Karksi_vallavalitsus, lk 18
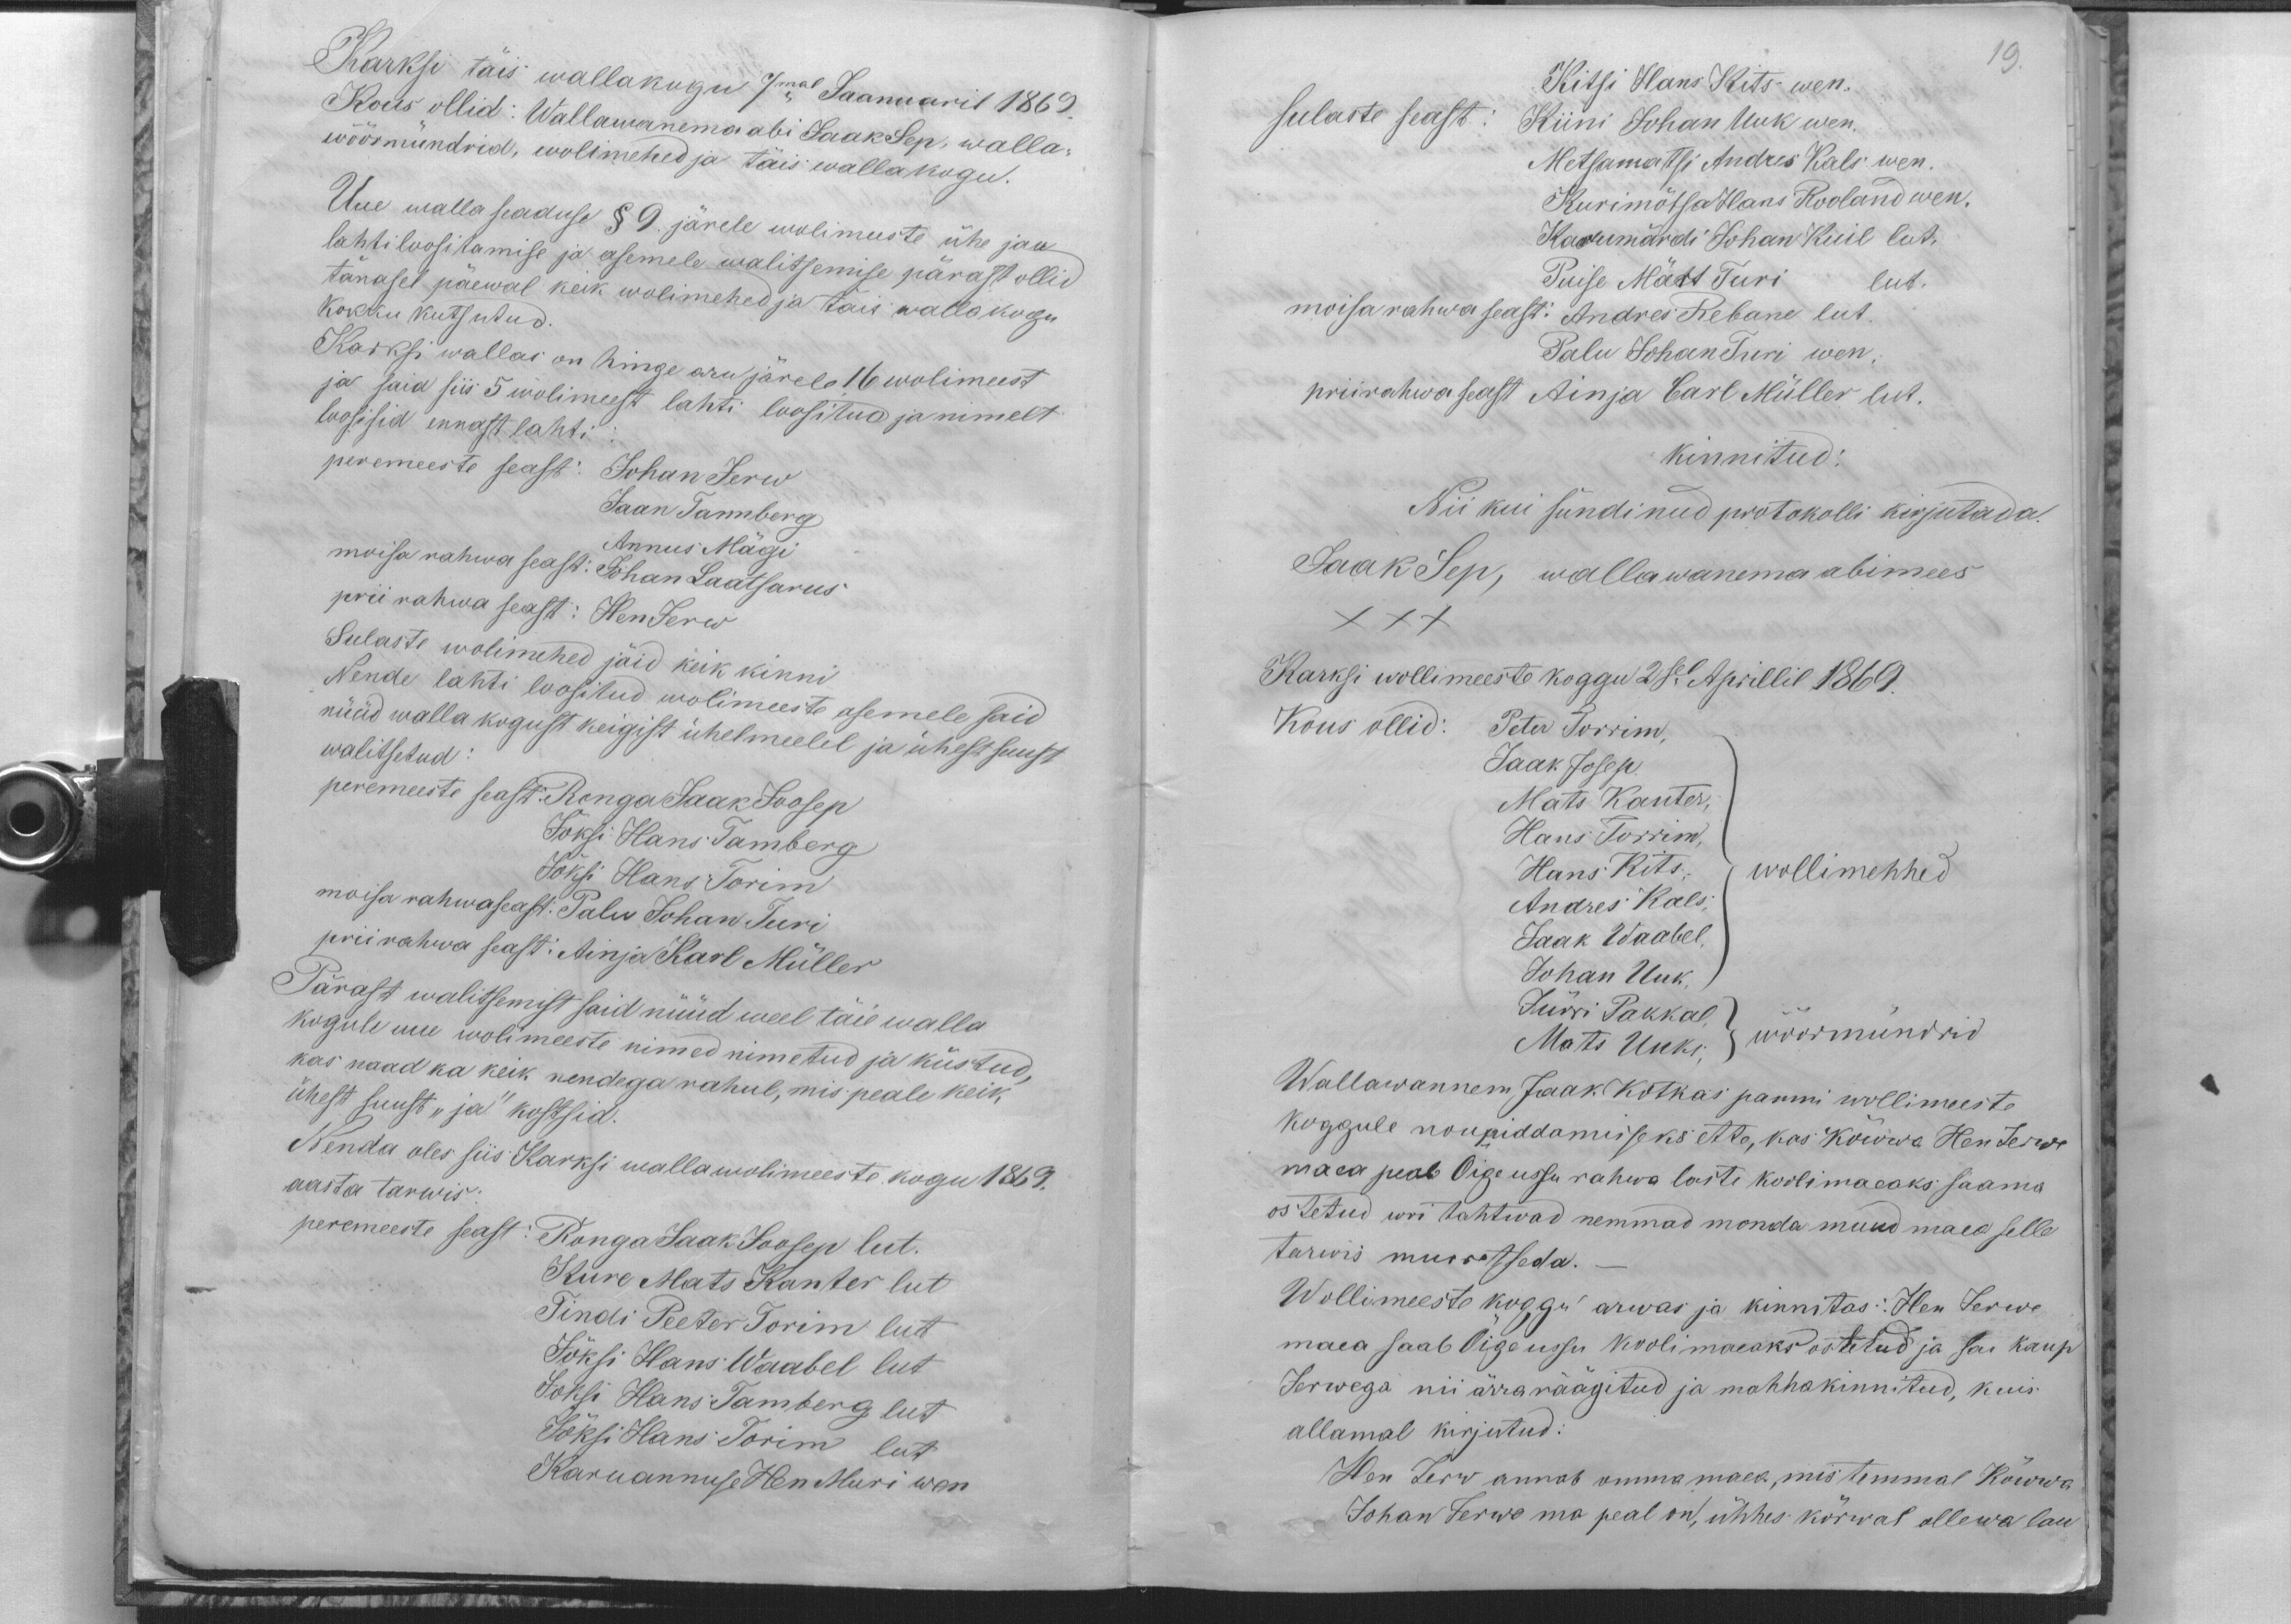
Karksi täis wallakogu 7mal Jaanuaril 1869.
Kous ollid: Wallawanema abi Jaak Sep, walla-
wöörmündrid, wolimehed ja täis wallakogu.
Uue walla seaduse § 9. järele wolimeeste ühe jau
lahtiloositamise ja asemele walitsemise pärast ollid
tänasel päewal keik wolimehed ja täis wallakogu
kokku kutsutud.
Karksi wallas on hinge aru järele 16 wolimeest
ja said siis 5 wolimeest lahti loositud ja nimelt
loosisid ennast lahti
peremeeste seast: Johan Jerw
Jaan Tannberg
Annus Mägi
moisa rahwa seast: Johan Laatsarus
prii rahwa seast: Hen Jerw
Sulaste wolimehed jäid keik kinni
Nende lahti loositud wolimeeste asemele said
nüüd walla kogust keigist ühelmeelel ja ühest suust
walitsetud
peremeeste seast: Ronga Jaak Joosep
Jõksi Hans Tamberg
Jõksi Hans Torim
moisa rahwa seast. Palu Johan Turi
prii rahwa seast: Ainja Karl Müller
Pärast walitsemist said nüüd weel täie walla
kogule uue wolimeeste nimed nimetud ja küstud,
kas nemad ka keik nendega rahul, mis peale keik
ühest suust "ja" kostsid.
Nenda oles siis Karksi walla wolimeeste kogu 1869.
aasta tarwis:
peremeeste seast: Ronga Jaak Joosep lut.
Kure Mats Kanter lut
Tindi Peeter Torim lut
Jõksi Hans Waabel lut
Jõksi Hans Tamberg lut
Jõksi Hans Torim lut
Karuannuse Hen Muri wen

Kitsi Hans Kits wen.
19.
sulaste seast: Kiini Johan Uuk wen.
Metsamatsi Andres Kals wen.
Kurimõtsa Hans Rooland wen.
Karumärdi Johan Kuil lut.
Puise Märt Turi lut.
moisarahwa seast: Andres Rebane lut.
Palu Johan Turi wen.
priirahwa seast Ainja Carl Müller lut.
kinnitud:
Nii kui sündinud protokolli kirjutada.
Jaak Sep, wallawanema abimees
XXX
Karksi wollimeeste koggu 2sel Aprillil 1869.
Kous ollid: Peter Torrim,
Jaak Josep.
Mats Kanter,
Hans Torrim,
Hans Kits,
wollimehhed
Andres Kals,
Jaak Waabel,
Johan Uuk,
Jürri Pakkal
Mats Uuks;
wöörmündrid
Wallawannem Jaak Kotkas panni wollimeeste
koggule noupiddamiseks ette, kas Kõwwa Hen Jerwe
maea peab Õige ussu rahwa laste koolimaeaks saama
ostetud woi tahtwad nemmad monda muud maea selle
tarwis murretseda.
Wollimeeste koggu arwas ja kinnitas: Hen Jerwe
maea saab Õige ussu kooli maeaks ostetud ja sai kaup
Jerwega nii ärra räägitud ja mahhakinnitud, kuis
allamal kirjutud:
Hen Jerw annab omma maea, mis temmal Kõwwa
Johan Jerwe ma peal on, ühhes kõrwal ollewa lau